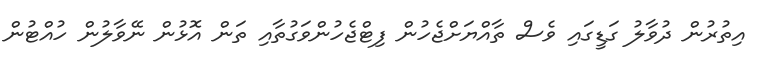
އިތުރުން ދުވާލު ގަޑީގައި ވެސް ތާއްޔަށްޖެހުން ފިޓްޖެހުންވަގުތާއި ތަން އޮޅުން ނޭވާލުން ހުއްޓުން